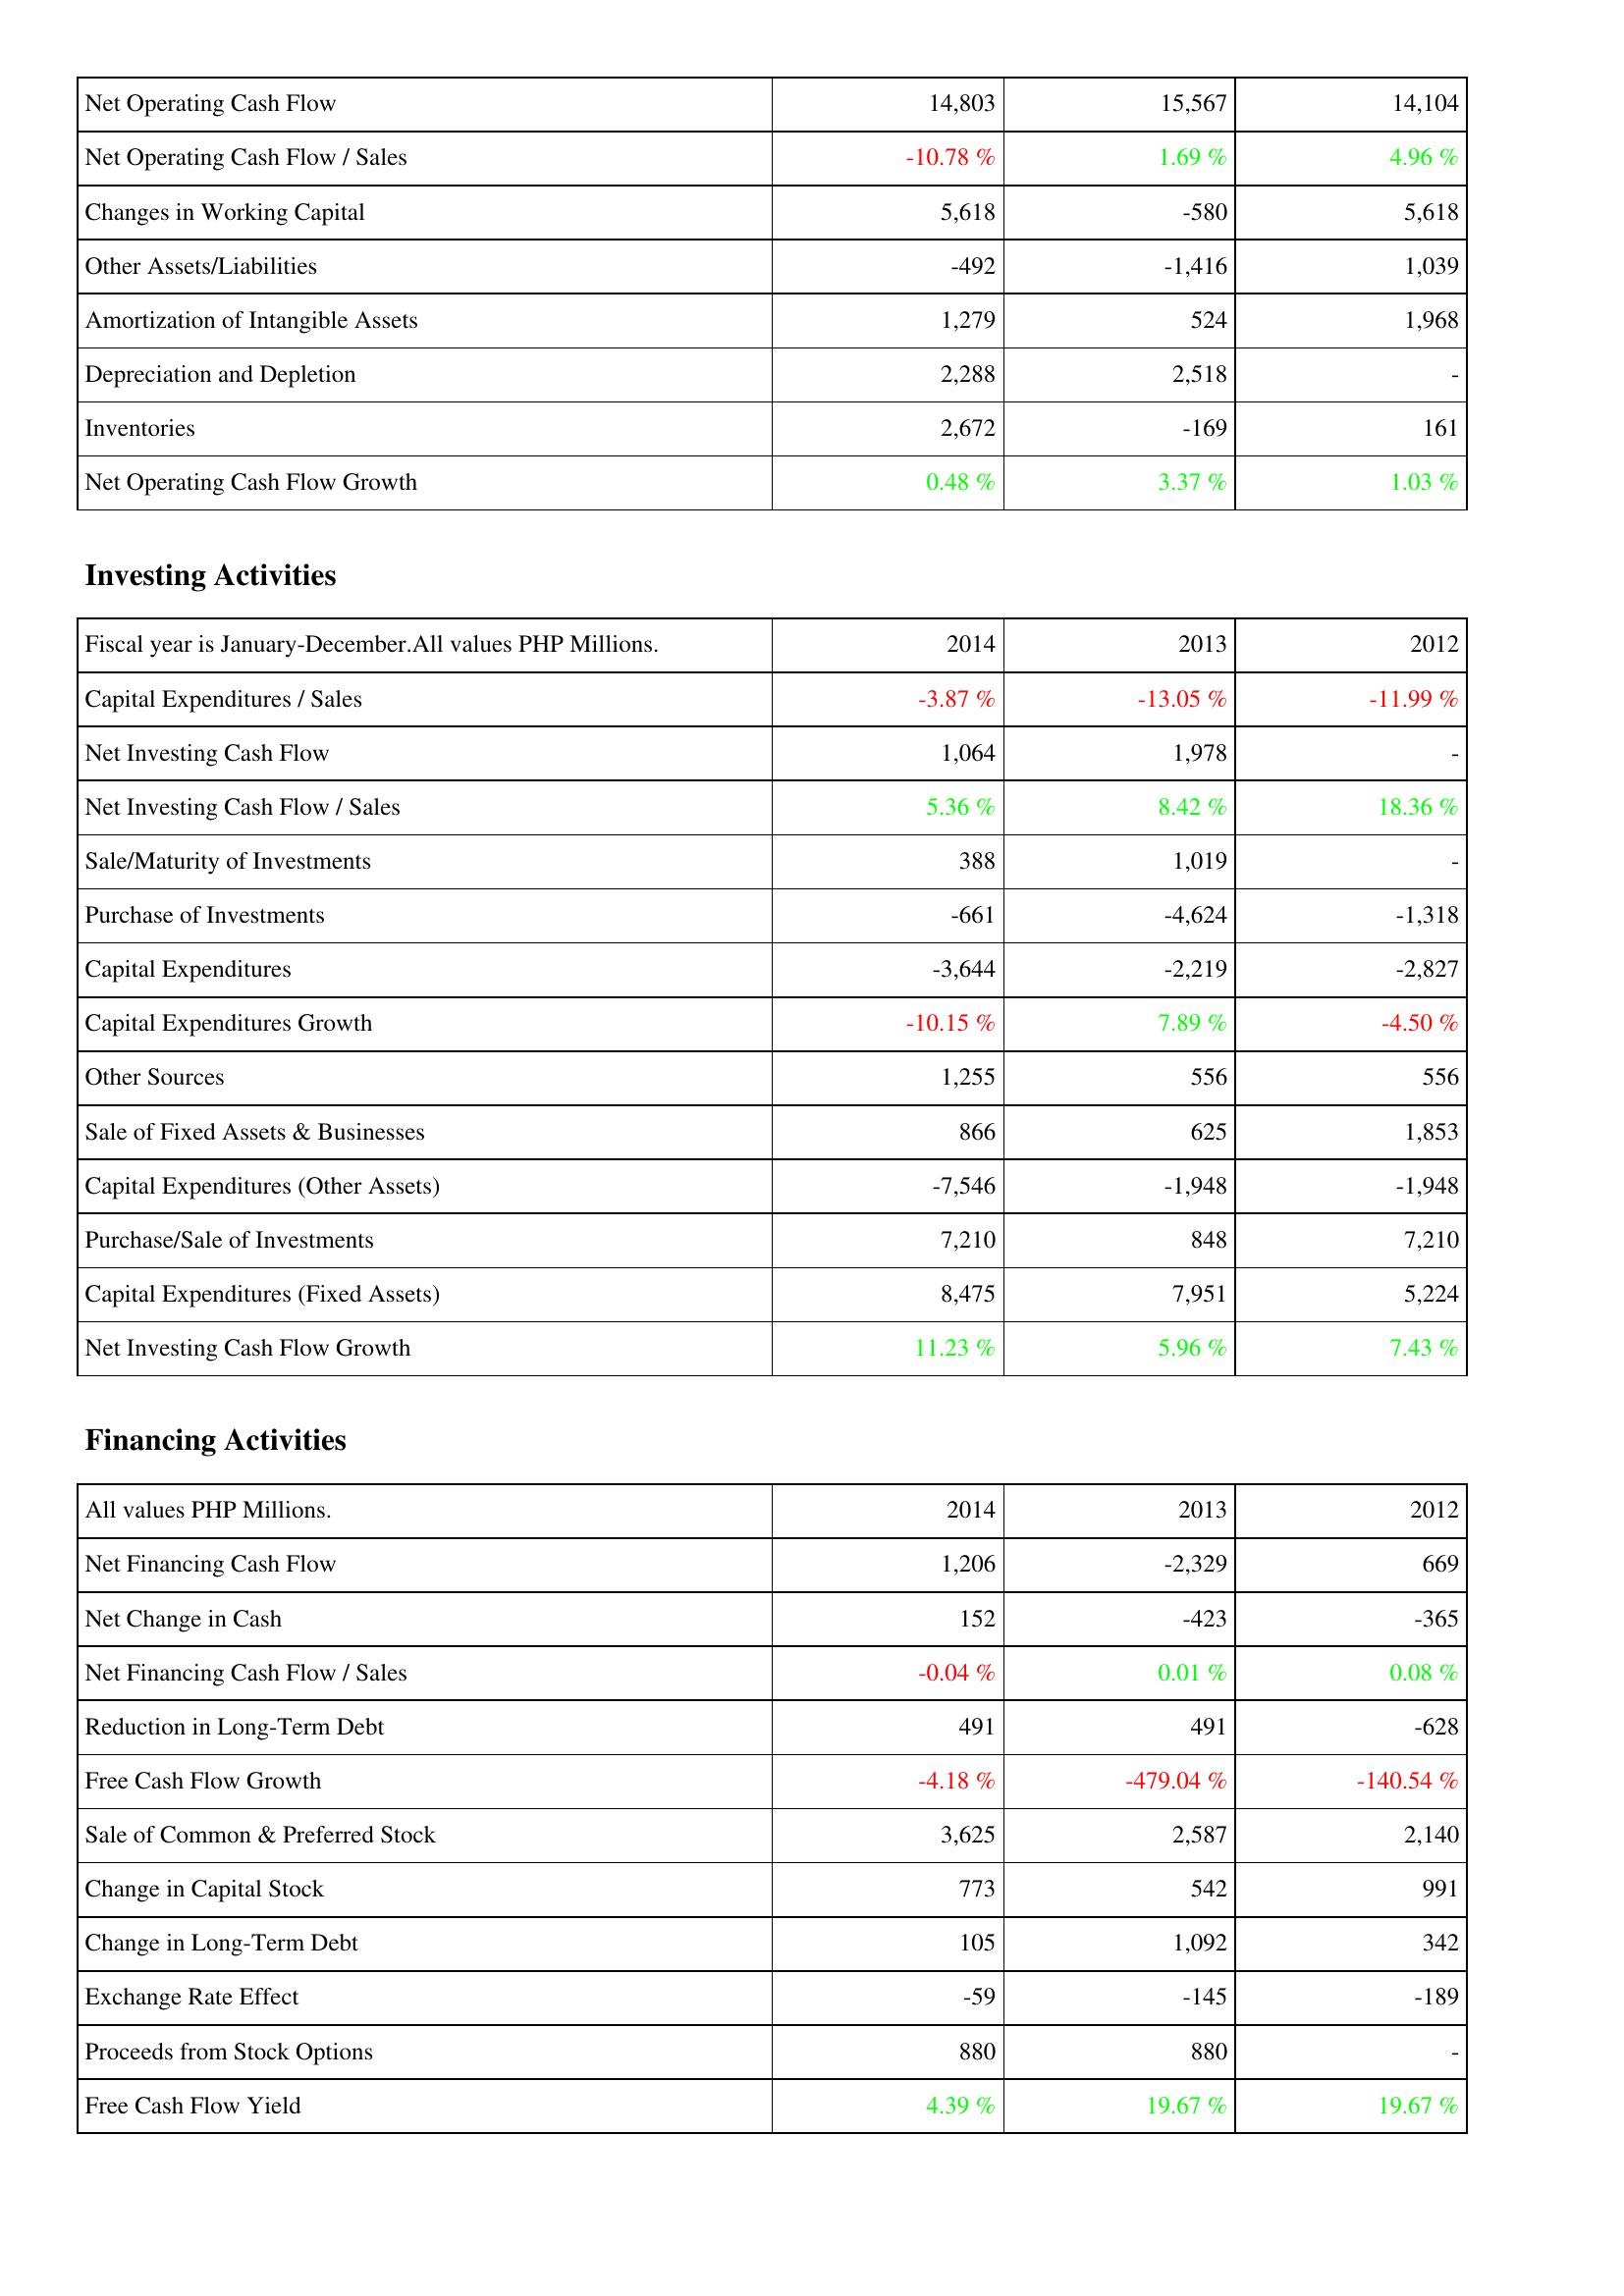
2014: Operating Activities: Net Operating Cash Flow: 14,803
Net Operating Cash Flow / Sales: -10.78 %
Changes in Working Capital: 5,618
Other Assets/Liabilities: -492
Amortization of Intangible Assets: 1,279
Depreciation and Depletion: 2,288
Inventories: 2,672
Net Operating Cash Flow Growth: 0.48 %
Investing Activities: Capital Expenditures / Sales: -3.87 %
Net Investing Cash Flow: 1,064
Net Investing Cash Flow / Sales: 5.36 %
Sale/Maturity of Investments: 388
Purchase of Investments: -661
Capital Expenditures: -3,644
Capital Expenditures Growth: -10.15 %
Other Sources: 1,255
Sale of Fixed Assets & Businesses: 866
Capital Expenditures (Other Assets): -7,546
Purchase/Sale of Investments: 7,210
Capital Expenditures (Fixed Assets): 8,475
Net Investing Cash Flow Growth: 11.23 %
Financing Activities: Net Financing Cash Flow: 1,206
Net Change in Cash: 152
Net Financing Cash Flow / Sales: -0.04 %
Reduction in Long-Term Debt: 491
Free Cash Flow Growth: -4.18 %
Sale of Common & Preferred Stock: 3,625
Change in Capital Stock: 773
Change in Long-Term Debt: 105
Exchange Rate Effect: -59
Proceeds from Stock Options: 880
Free Cash Flow Yield: 4.39 %
2013: Operating Activities: Net Operating Cash Flow: 15,567
Net Operating Cash Flow / Sales: 1.69 %
Changes in Working Capital: -580
Other Assets/Liabilities: -1,416
Amortization of Intangible Assets: 524
Depreciation and Depletion: 2,518
Inventories: -169
Net Operating Cash Flow Growth: 3.37 %
Investing Activities: Capital Expenditures / Sales: -13.05 %
Net Investing Cash Flow: 1,978
Net Investing Cash Flow / Sales: 8.42 %
Sale/Maturity of Investments: 1,019
Purchase of Investments: -4,624
Capital Expenditures: -2,219
Capital Expenditures Growth: 7.89 %
Other Sources: 556
Sale of Fixed Assets & Businesses: 625
Capital Expenditures (Other Assets): -1,948
Purchase/Sale of Investments: 848
Capital Expenditures (Fixed Assets): 7,951
Net Investing Cash Flow Growth: 5.96 %
Financing Activities: Net Financing Cash Flow: -2,329
Net Change in Cash: -423
Net Financing Cash Flow / Sales: 0.01 %
Reduction in Long-Term Debt: 491
Free Cash Flow Growth: -479.04 %
Sale of Common & Preferred Stock: 2,587
Change in Capital Stock: 542
Change in Long-Term Debt: 1,092
Exchange Rate Effect: -145
Proceeds from Stock Options: 880
Free Cash Flow Yield: 19.67 %
2012: Operating Activities: Net Operating Cash Flow: 14,104
Net Operating Cash Flow / Sales: 4.96 %
Changes in Working Capital: 5,618
Other Assets/Liabilities: 1,039
Amortization of Intangible Assets: 1,968
Depreciation and Depletion: -
Inventories: 161
Net Operating Cash Flow Growth: 1.03 %
Investing Activities: Capital Expenditures / Sales: -11.99 %
Net Investing Cash Flow: -
Net Investing Cash Flow / Sales: 18.36 %
Sale/Maturity of Investments: -
Purchase of Investments: -1,318
Capital Expenditures: -2,827
Capital Expenditures Growth: -4.50 %
Other Sources: 556
Sale of Fixed Assets & Businesses: 1,853
Capital Expenditures (Other Assets): -1,948
Purchase/Sale of Investments: 7,210
Capital Expenditures (Fixed Assets): 5,224
Net Investing Cash Flow Growth: 7.43 %
Financing Activities: Net Financing Cash Flow: 669
Net Change in Cash: -365
Net Financing Cash Flow / Sales: 0.08 %
Reduction in Long-Term Debt: -628
Free Cash Flow Growth: -140.54 %
Sale of Common & Preferred Stock: 2,140
Change in Capital Stock: 991
Change in Long-Term Debt: 342
Exchange Rate Effect: -189
Proceeds from Stock Options: -
Free Cash Flow Yield: 19.67 %